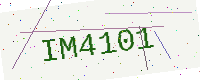
Text: IM4101